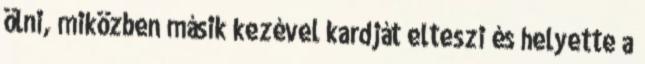
ölni, miközben másik kezével kardját elteszi és helyette a